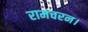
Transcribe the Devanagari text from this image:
रामचरन।